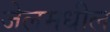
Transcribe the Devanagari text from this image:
जेलमधील